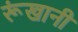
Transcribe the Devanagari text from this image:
रूंखानी